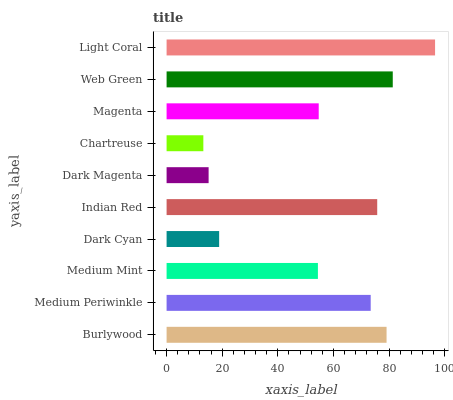
| yaxis_label | bars |
 | --- | --- |
 | Burlywood | 79.1 |
 | Medium Periwinkle | 73.4 |
 | Medium Mint | 54.4 |
 | Dark Cyan | 18.9 |
 | Indian Red | 75.7 |
 | Dark Magenta | 15.1 |
 | Chartreuse | 13.2 |
 | Magenta | 54.7 |
 | Web Green | 81.3 |
 | Light Coral | 96.6 |